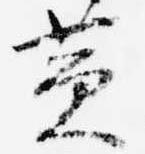
黄